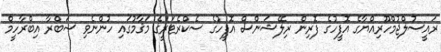
ރައީސުލްޖުމްހޫރިއްޔާގެ އޮފީހުގެ ފޮރިން ރިލޭޝަންސް އޮފީހުގެ ސެކްރެޓަރީގެ މަޤާމުގައި ހުންނެވި ޞަބްރާ އިބްރާހީމް